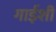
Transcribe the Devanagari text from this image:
गाईशी